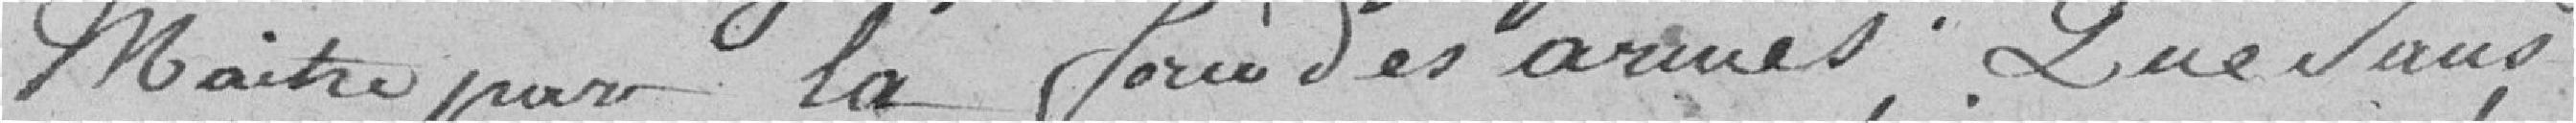
maitre par la force des armes. Que sans